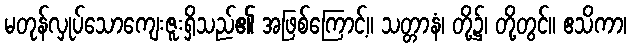
မတုန်လှုပ်သောကျေးဇူးရှိသည်၏ အဖြစ်ကြောင့်။ သတ္တာနံ၊ တို့၌၊ တို့တွင်။ ဧသိကာ၊